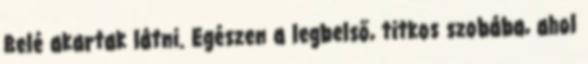
Belé akartak látni. Egészen a legbelső, titkos szobába, ahol